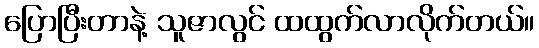
ပြောပြီးတာနဲ့ သူဇာလွင် ထထွက်လာလိုက်တယ်။